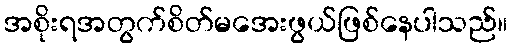
အစိုးရအတွက်စိတ်မအေးဖွယ်ဖြစ်နေပါသည်။